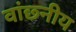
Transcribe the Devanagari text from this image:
वांछ्नीय